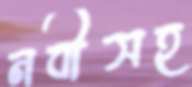
নবীসহ